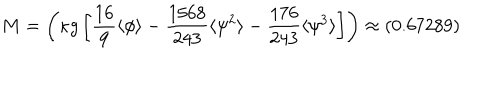
M = \left( \kappa g \left[ \frac { 1 6 } { 9 } \langle \phi \rangle - \frac { 1 5 6 8 } { 2 4 3 } \langle \psi ^ { 2 } \rangle - \frac { 1 7 6 } { 2 4 3 } \langle \psi ^ { 3 } \rangle \right] \right) \approx ( 0 . 6 7 2 8 9 )